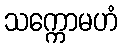
သက္ကောမဟံ